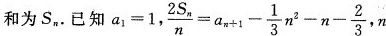
和为S_{n}.已知$$a _ {1} = 1$$，$$\frac{2S_{n}}{n}=a_{n+1}- \frac{1}{3}n^{2}-n- \frac{2}{3}$$ ,n